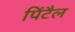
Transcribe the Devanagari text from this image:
पिंटैल